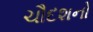
ચૌદશનો